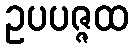
ဥပပဇ္ဇထ